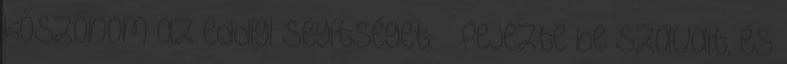
köszönöm az eddigi segítséget. – fejezte be szavait, és